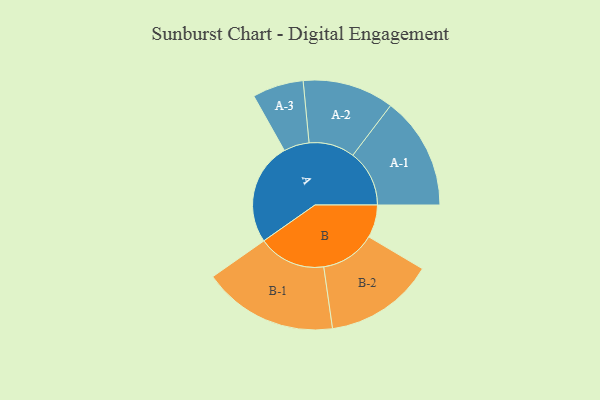
{"axis": {"x": "Segment", "y": "Value"}, "legend": ["", "A", "B"], "data": [{"x": "A", "y": 437, "type": ""}, {"x": "B", "y": 140, "type": ""}, {"x": "A-1", "y": 241, "type": "A"}, {"x": "A-2", "y": 195, "type": "A"}, {"x": "A-3", "y": 109, "type": "A"}, {"x": "B-1", "y": 288, "type": "B"}, {"x": "B-2", "y": 234, "type": "B"}]}